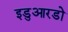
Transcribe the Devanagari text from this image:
इडुआरडो